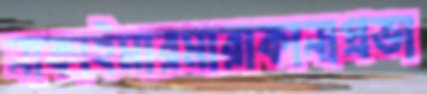
নাকাইমারমারাকানাপ্রভা